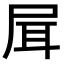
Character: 𡱡